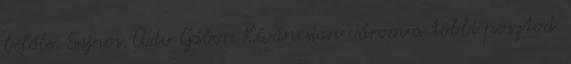
belőle. Sajnos. Üdv Gábor. Kíváncsian várom a többi posztod.